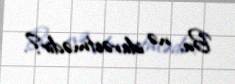
Bu, nə idarəetmədir?.